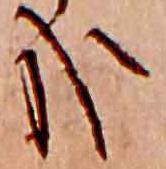
哉